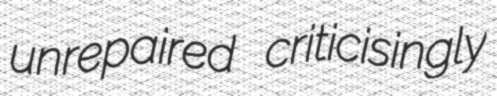
unrepaired criticisingly